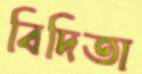
বিদিতা